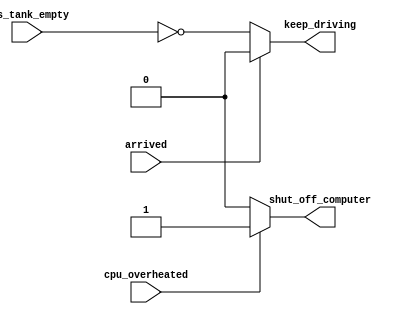
//
//
// https://hdlbits.01xz.net/wiki/Always_if2
//
//

`default_nettype none

// synthesis verilog_input_version verilog_2001
module top_module (
    input       cpu_overheated,
    output reg  shut_off_computer,
    input       arrived,
    input       gas_tank_empty,
    output reg  keep_driving
);

    always @(*) begin
        if (cpu_overheated)
            shut_off_computer = 1'b1;
        else
            shut_off_computer = 1'b0;
    end

    always @(*) begin
        if (~arrived)
            keep_driving = ~gas_tank_empty;
        else
            keep_driving = 1'b0;
    end

endmodule